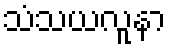
သံသယလူနာ